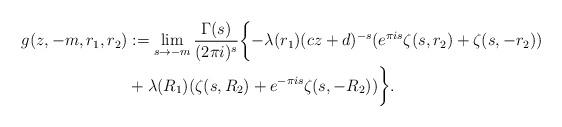
LaTeX: \begin{align*} g(z,-m,r_1,r_2)&:=\lim_{s\to-m} \frac{\Gamma(s)}{(2\pi i)^s} \biggl\{-\lambda(r_1)(cz+d)^{-s}(e^{\pi is}\zeta(s,r_2)+\zeta(s,-r_2))\\&+\lambda(R_1)(\zeta(s,R_2)+e^{-\pi is}\zeta(s,-R_2))\biggr\}.\end{align*}